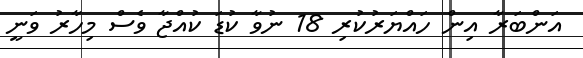
އަންބަރާ އިން ހައްޔަރުކުރި 18 ނުވާ ކުޑަ ކުއްޖާ ވެސް މިހާރު ވަނީ